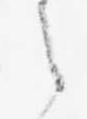
之